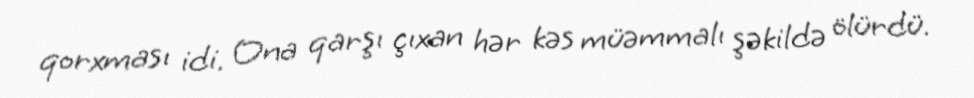
qorxması idi. Ona qarşı çıxan hər kəs müəmmalı şəkildə ölürdü.